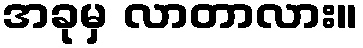
အခုမှ လာတာလား။